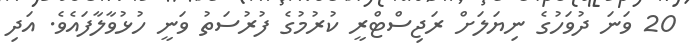
20 ވަނަ ދުވަހުގެ ނިޔަލަށް ރަޖިސްޓްރީ ކުރުމުގެ ފުރުސަތު ވަނީ ހުޅުވާލާފައެވެ. އަދި